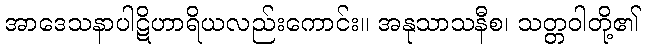
အာဒေသနာပါဋိဟာရိယလည်းကောင်း။ အနုသာသနီစ၊ သတ္တဝါတို့၏